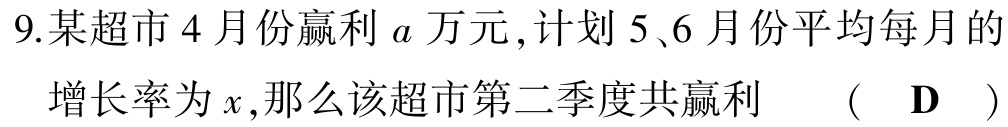
9.某超市4月份赢利\(a\)万元,计划5、6月份平均每月的
增长率为\(x\),那么该超市第二季度共赢利 （ D ）